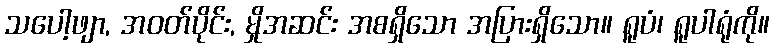
သပေါ့ဖျာ, အဝတ်ပိုင်း, မှိုအဆင်း အစရှိသော အပြားရှိသော။ ရူပံ၊ ရူပါရုံကို။